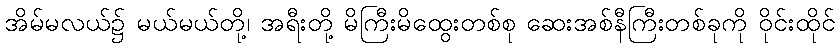
အိမ်မလယ်၌ မယ်မယ်တို့၊ အရီးတို့ မိကြီးမိထွေးတစ်စု ဆေးအစ်နီကြီးတစ်ခုကို ဝိုင်းထိုင်